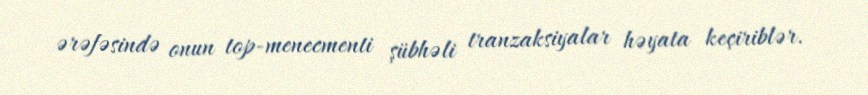
ərəfəsində onun top-menecmenti şübhəli tranzaksiyalar həyata keçiriblər.